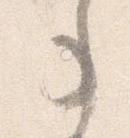
事